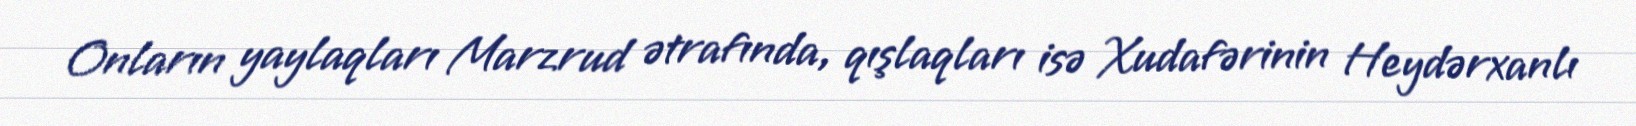
Onların yaylaqları Marzrud ətrafında, qışlaqları isə Xudafərinin Heydərxanlı